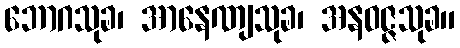
ဘောဂသုခ၊ အာနေဏျသုခ၊ အနဝဇ္ဇသုခ။